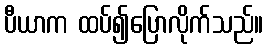
ပီယာက ထပ်၍ပြောလိုက်သည်။